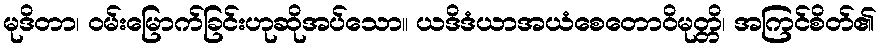
မုဒိတာ၊ ဝမ်းမြောက်ခြင်းဟုဆိုအပ်သော။ ယဒိဒံယာအယံစေတောဝိမုတ္တိ၊ အကြင်စိတ်၏